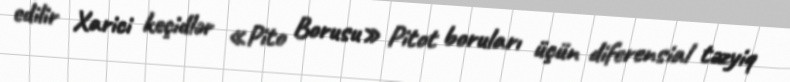
edilir Xarici keçidlər «Pito Borusu» Pitot boruları üçün diferensial təzyiq